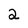
Character: 2